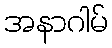
အနာဂါမ်